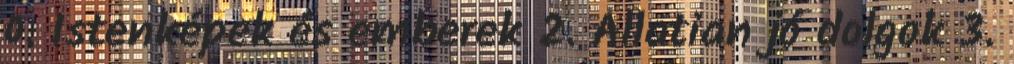
0. Istenképek és emberek 2. Állatian jó dolgok 3.